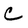
Character: C